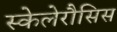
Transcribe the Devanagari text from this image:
स्केलेरौसिस